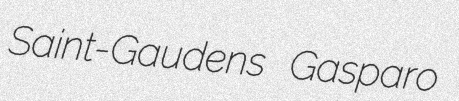
Saint-Gaudens Gasparo